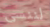
لننسى